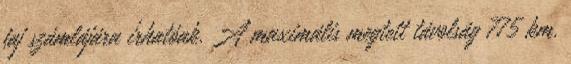
faj számlájára írhatóak. A maximális megtett távolság 775 km.